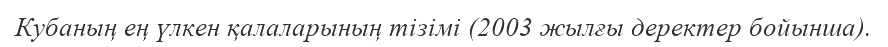
Кубаның ең үлкен қалаларының тізімі (2003 жылғы деректер бойынша).